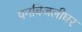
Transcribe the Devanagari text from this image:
पनबिजलीघर